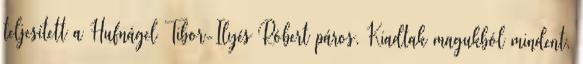
teljesített a Hufnágel Tibor-Ilyés Róbert páros. Kiadtak magukból mindent,